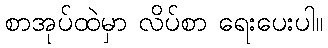
စာအုပ်ထဲမှာ လိပ်စာ ရေးပေးပါ။